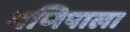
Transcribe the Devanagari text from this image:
मणिपाला